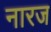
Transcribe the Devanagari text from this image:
नारज